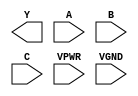
module sky130_fd_sc_hs__nor3 (
    Y   ,
    A   ,
    B   ,
    C   ,
    VPWR,
    VGND
);

    output Y   ;
    input  A   ;
    input  B   ;
    input  C   ;
    input  VPWR;
    input  VGND;
endmodule